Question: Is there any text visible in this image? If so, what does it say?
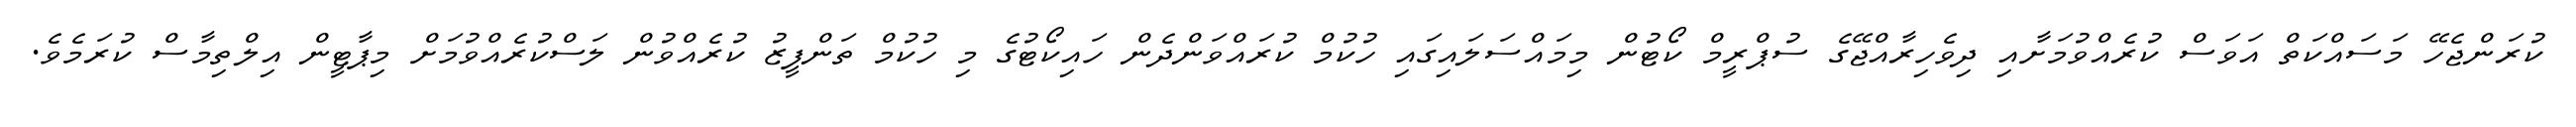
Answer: ކުރަންޖެހޭ މަސައްކަތް އަވަސް ކުރެއްވުމަށާއި ދިވެހިރާއްޖޭގެ ސުޕްރީމް ކޯޓުން މިމައްސަލައިގައި ހުކުމް ކުރައްވަންދެން ހައިކޯޓުގެ މި ހުކުމް ތަންފީޒު ކުރެއްވުން ލަސްކުރެއްވުމަށް މިޕާޓީން އިލްތިމާސް ކުރަމެވެ.